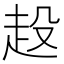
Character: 𧺢